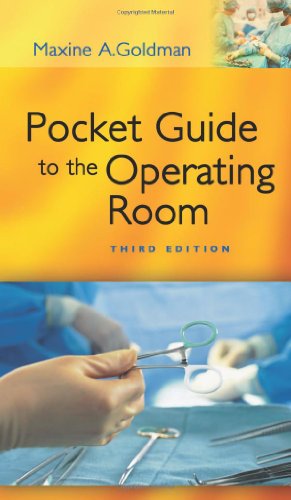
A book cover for Pocket Guide to the Operating Room (Pocket Guide to Operating Room); Maxine A. Goldman BS  RN; Medical Books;